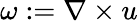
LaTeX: \omega:=\nabla\times{u}